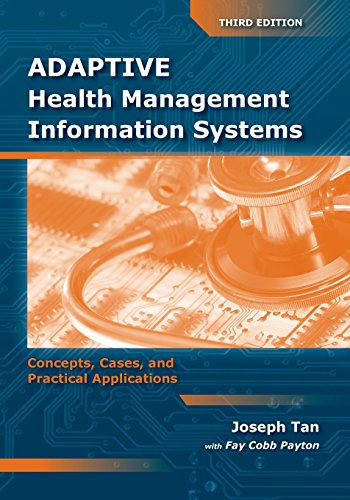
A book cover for Adaptive Health Management Information Systems: Concepts, Cases,  &  Practical Applications; Joseph Tan; Medical Books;